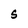
Character: S